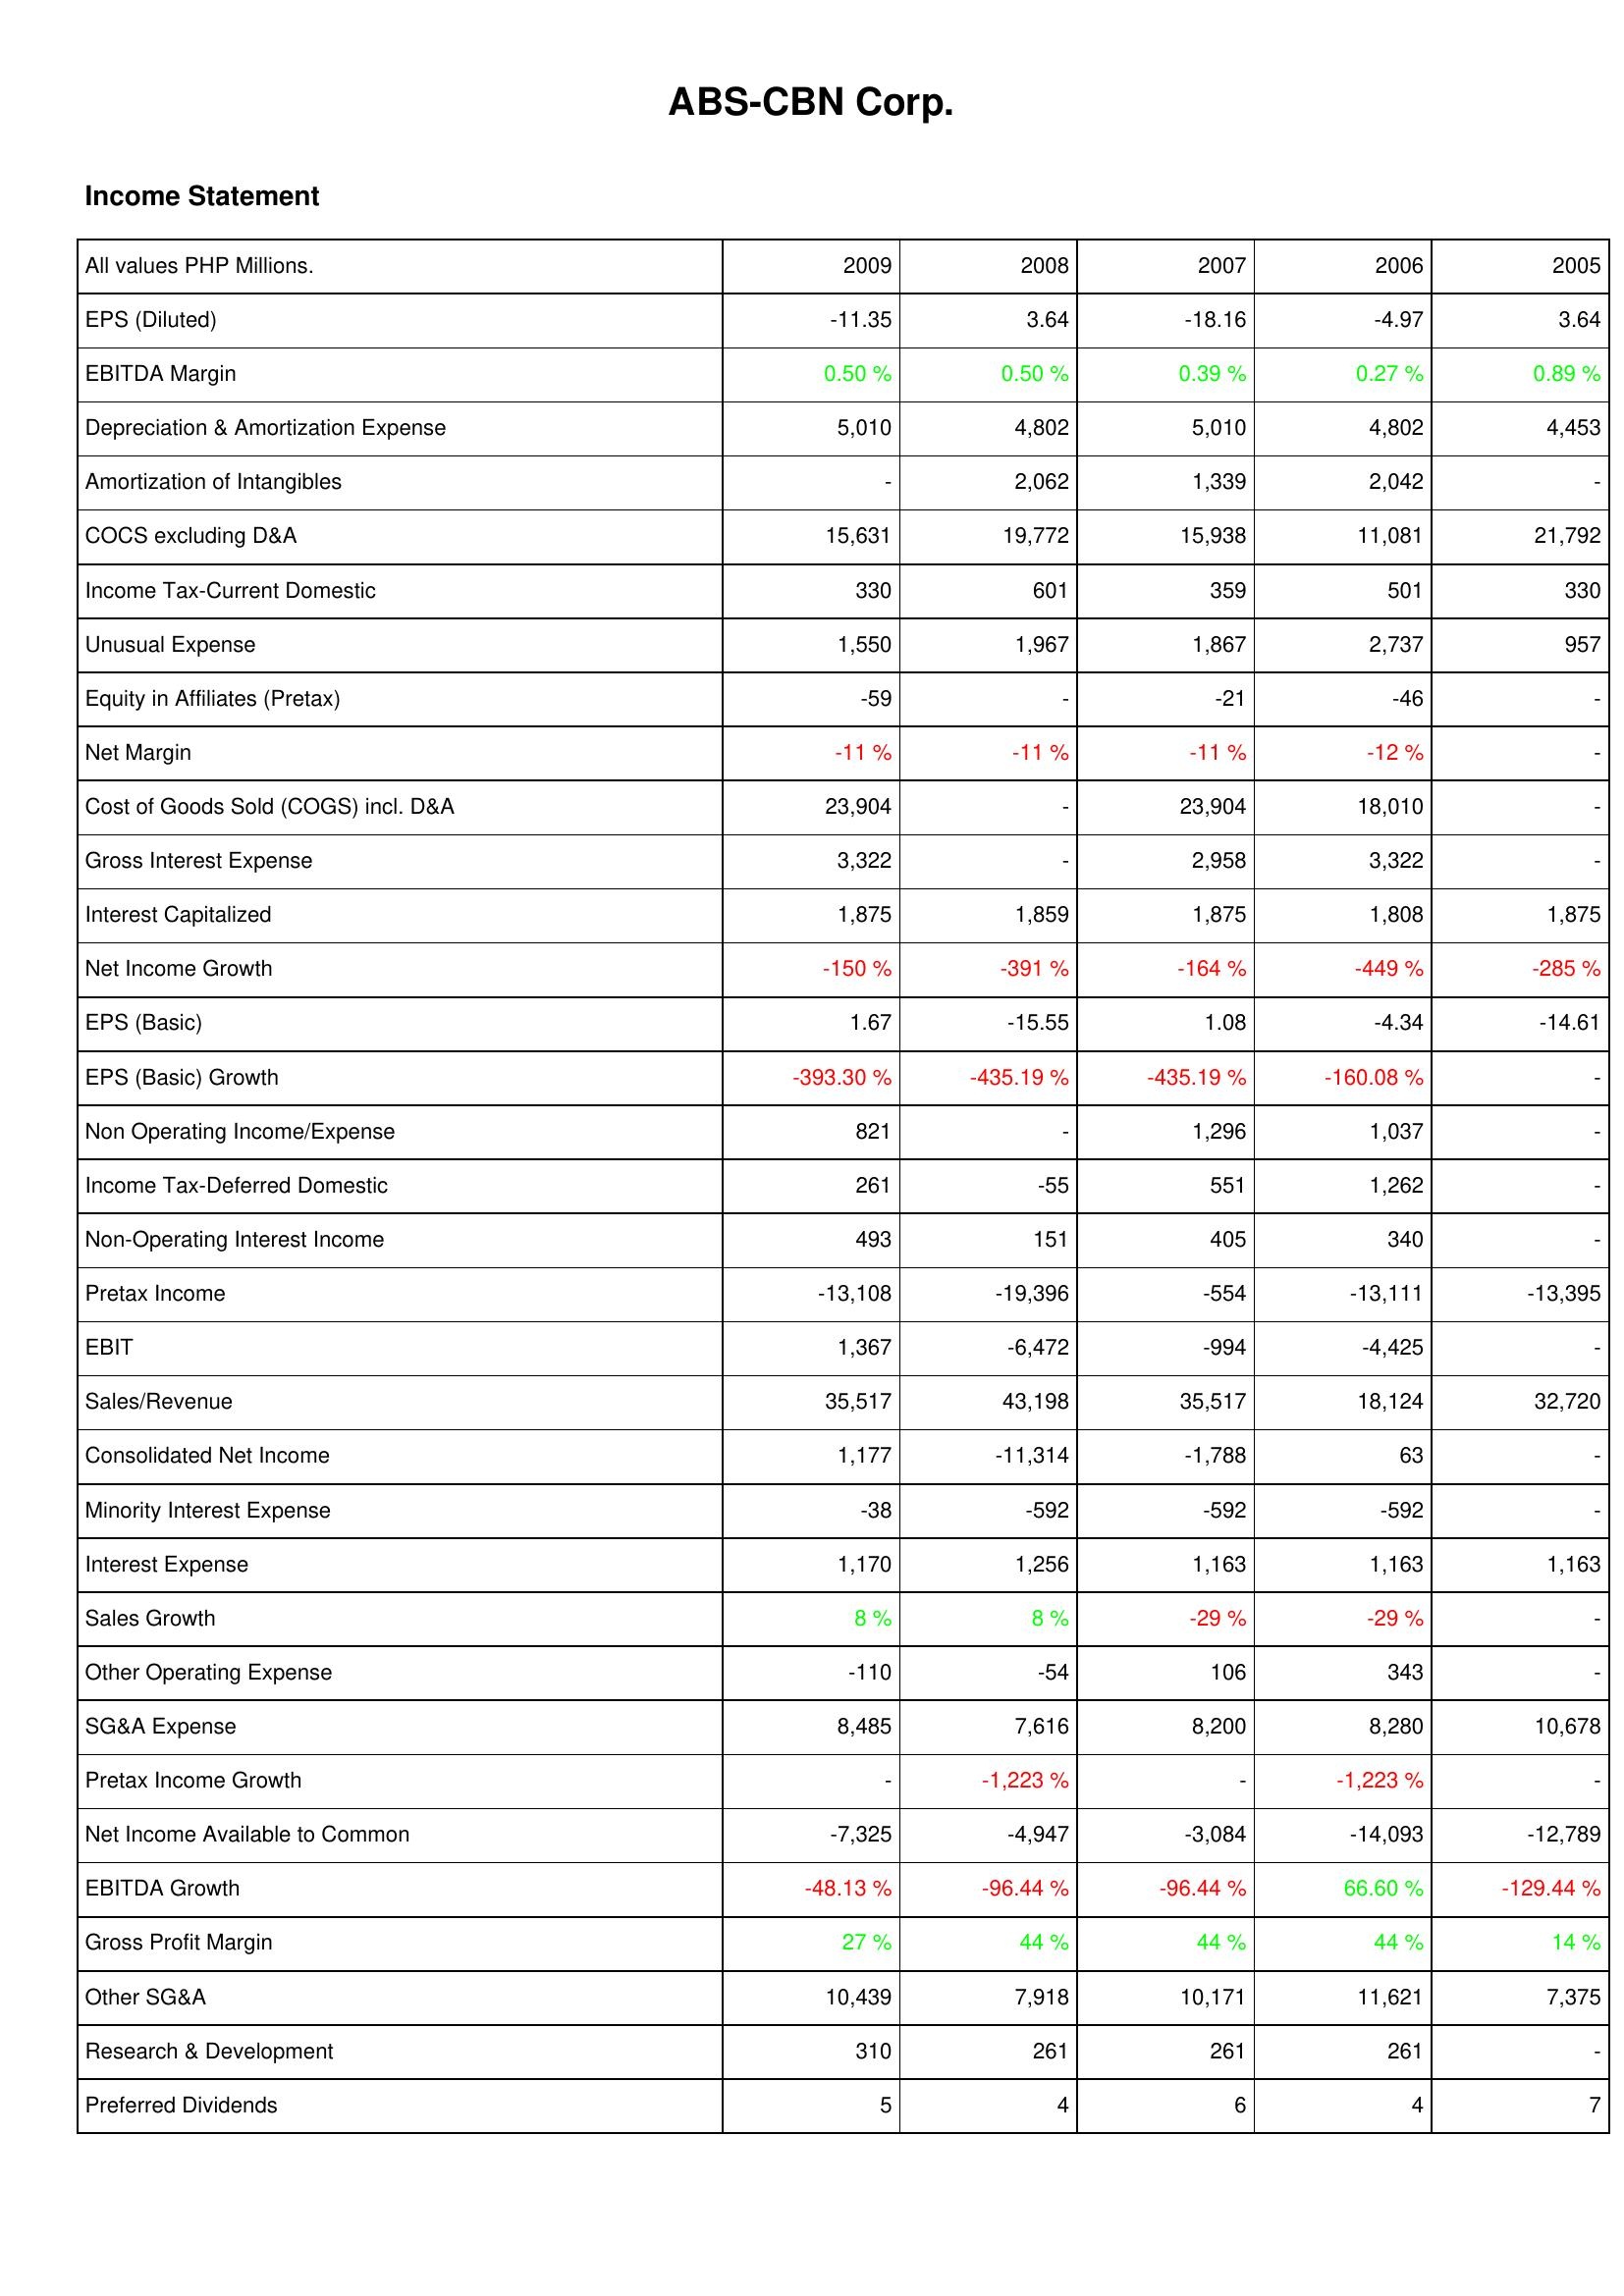
2009: Income Statement: EPS (Diluted): -11.35
EBITDA Margin: 0.50 %
Depreciation & Amortization Expense: 5,010
Amortization of Intangibles: -
COCS excluding D&A: 15,631
Income Tax-Current Domestic: 330
Unusual Expense: 1,550
Equity in Affiliates (Pretax): -59
Net Margin: -11 %
Cost of Goods Sold (COGS) incl. D&A: 23,904
Gross Interest Expense: 3,322
Interest Capitalized: 1,875
Net Income Growth: -150 %
EPS (Basic): 1.67
EPS (Basic) Growth: -393.30 %
Non Operating Income/Expense: 821
Income Tax-Deferred Domestic: 261
Non-Operating Interest Income: 493
Pretax Income: -13,108
EBIT: 1,367
Sales/Revenue: 35,517
Consolidated Net Income: 1,177
Minority Interest Expense: -38
Interest Expense: 1,170
Sales Growth: 8 %
Other Operating Expense: -110
SG&A Expense: 8,485
Pretax Income Growth: -
Net Income Available to Common: -7,325
EBITDA Growth: -48.13 %
Gross Profit Margin: 27 %
Other SG&A: 10,439
Research & Development: 310
Preferred Dividends: 5
2008: Income Statement: EPS (Diluted): 3.64
EBITDA Margin: 0.50 %
Depreciation & Amortization Expense: 4,802
Amortization of Intangibles: 2,062
COCS excluding D&A: 19,772
Income Tax-Current Domestic: 601
Unusual Expense: 1,967
Equity in Affiliates (Pretax): -
Net Margin: -11 %
Cost of Goods Sold (COGS) incl. D&A: -
Gross Interest Expense: -
Interest Capitalized: 1,859
Net Income Growth: -391 %
EPS (Basic): -15.55
EPS (Basic) Growth: -435.19 %
Non Operating Income/Expense: -
Income Tax-Deferred Domestic: -55
Non-Operating Interest Income: 151
Pretax Income: -19,396
EBIT: -6,472
Sales/Revenue: 43,198
Consolidated Net Income: -11,314
Minority Interest Expense: -592
Interest Expense: 1,256
Sales Growth: 8 %
Other Operating Expense: -54
SG&A Expense: 7,616
Pretax Income Growth: -1,223 %
Net Income Available to Common: -4,947
EBITDA Growth: -96.44 %
Gross Profit Margin: 44 %
Other SG&A: 7,918
Research & Development: 261
Preferred Dividends: 4
2007: Income Statement: EPS (Diluted): -18.16
EBITDA Margin: 0.39 %
Depreciation & Amortization Expense: 5,010
Amortization of Intangibles: 1,339
COCS excluding D&A: 15,938
Income Tax-Current Domestic: 359
Unusual Expense: 1,867
Equity in Affiliates (Pretax): -21
Net Margin: -11 %
Cost of Goods Sold (COGS) incl. D&A: 23,904
Gross Interest Expense: 2,958
Interest Capitalized: 1,875
Net Income Growth: -164 %
EPS (Basic): 1.08
EPS (Basic) Growth: -435.19 %
Non Operating Income/Expense: 1,296
Income Tax-Deferred Domestic: 551
Non-Operating Interest Income: 405
Pretax Income: -554
EBIT: -994
Sales/Revenue: 35,517
Consolidated Net Income: -1,788
Minority Interest Expense: -592
Interest Expense: 1,163
Sales Growth: -29 %
Other Operating Expense: 106
SG&A Expense: 8,200
Pretax Income Growth: -
Net Income Available to Common: -3,084
EBITDA Growth: -96.44 %
Gross Profit Margin: 44 %
Other SG&A: 10,171
Research & Development: 261
Preferred Dividends: 6
2006: Income Statement: EPS (Diluted): -4.97
EBITDA Margin: 0.27 %
Depreciation & Amortization Expense: 4,802
Amortization of Intangibles: 2,042
COCS excluding D&A: 11,081
Income Tax-Current Domestic: 501
Unusual Expense: 2,737
Equity in Affiliates (Pretax): -46
Net Margin: -12 %
Cost of Goods Sold (COGS) incl. D&A: 18,010
Gross Interest Expense: 3,322
Interest Capitalized: 1,808
Net Income Growth: -449 %
EPS (Basic): -4.34
EPS (Basic) Growth: -160.08 %
Non Operating Income/Expense: 1,037
Income Tax-Deferred Domestic: 1,262
Non-Operating Interest Income: 340
Pretax Income: -13,111
EBIT: -4,425
Sales/Revenue: 18,124
Consolidated Net Income: 63
Minority Interest Expense: -592
Interest Expense: 1,163
Sales Growth: -29 %
Other Operating Expense: 343
SG&A Expense: 8,280
Pretax Income Growth: -1,223 %
Net Income Available to Common: -14,093
EBITDA Growth: 66.60 %
Gross Profit Margin: 44 %
Other SG&A: 11,621
Research & Development: 261
Preferred Dividends: 4
2005: Income Statement: EPS (Diluted): 3.64
EBITDA Margin: 0.89 %
Depreciation & Amortization Expense: 4,453
Amortization of Intangibles: -
COCS excluding D&A: 21,792
Income Tax-Current Domestic: 330
Unusual Expense: 957
Equity in Affiliates (Pretax): -
Net Margin: -
Cost of Goods Sold (COGS) incl. D&A: -
Gross Interest Expense: -
Interest Capitalized: 1,875
Net Income Growth: -285 %
EPS (Basic): -14.61
EPS (Basic) Growth: -
Non Operating Income/Expense: -
Income Tax-Deferred Domestic: -
Non-Operating Interest Income: -
Pretax Income: -13,395
EBIT: -
Sales/Revenue: 32,720
Consolidated Net Income: -
Minority Interest Expense: -
Interest Expense: 1,163
Sales Growth: -
Other Operating Expense: -
SG&A Expense: 10,678
Pretax Income Growth: -
Net Income Available to Common: -12,789
EBITDA Growth: -129.44 %
Gross Profit Margin: 14 %
Other SG&A: 7,375
Research & Development: -
Preferred Dividends: 7